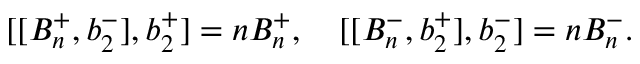
[ [ B _ { n } ^ { + } , b _ { 2 } ^ { - } ] , b _ { 2 } ^ { + } ] = n B _ { n } ^ { + } , \quad [ [ B _ { n } ^ { - } , b _ { 2 } ^ { + } ] , b _ { 2 } ^ { - } ] = n B _ { n } ^ { - } .